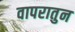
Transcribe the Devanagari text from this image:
वापरातुन